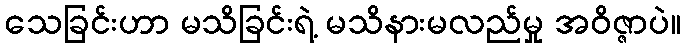
သေခြင်းဟာ မသိခြင်းရဲ့ မသိနားမလည်မှု အဝိဇ္ဇာပဲ။